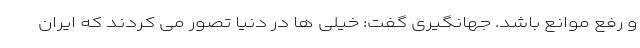
و رفع موانع باشد. جهانگیری گفت: خیلی ها در دنیا تصور می کردند که ایران